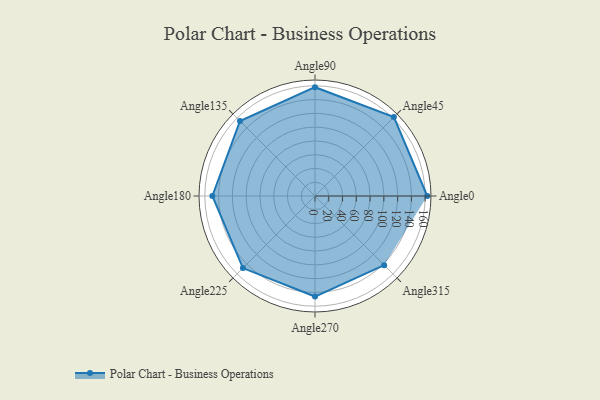
{"axis": {"x": "Angle", "y": "Radius"}, "legend": [""], "data": [{"x": "Angle0", "y": 163.0, "type": ""}, {"x": "Angle45", "y": 162.0, "type": ""}, {"x": "Angle90", "y": 158.0, "type": ""}, {"x": "Angle135", "y": 154.0, "type": ""}, {"x": "Angle180", "y": 149.0, "type": ""}, {"x": "Angle225", "y": 148.0, "type": ""}, {"x": "Angle270", "y": 146.0, "type": ""}, {"x": "Angle315", "y": 142.0, "type": ""}]}